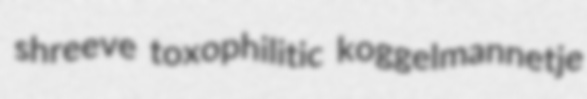
shreeve toxophilitic koggelmannetje